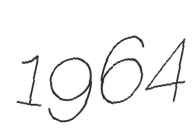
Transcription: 1964